Report of the Indian Hemp Drugs Commission, 1894-1895 - Volume V
Year: 1894
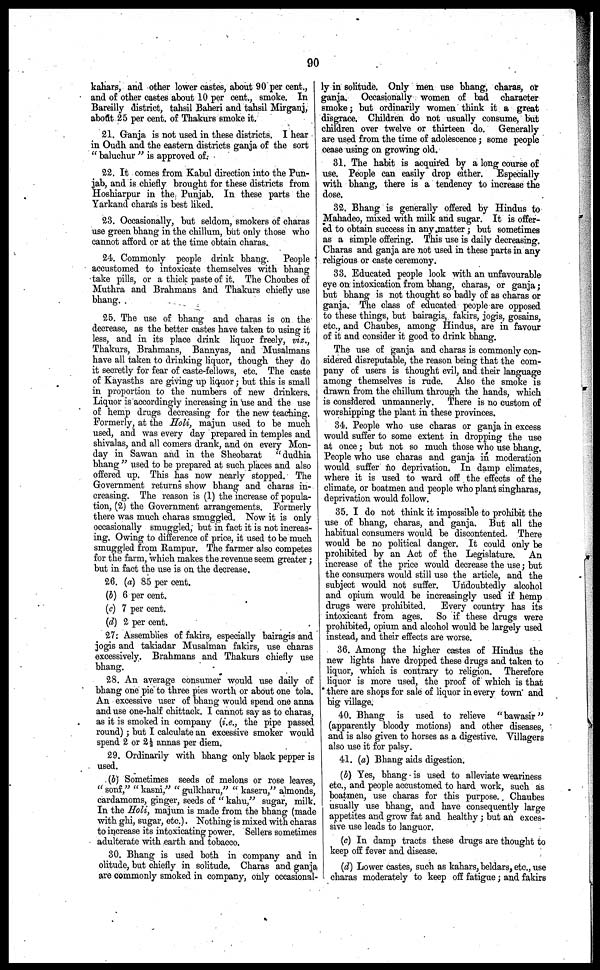
90
kahars, and other lower castes, about 90 per cent.,
and of other castes about 10 per cent., smoke. In
Bareilly district, tahsil Baheri and tahsil Mirganj,
about 25 per cent. of Thakurs smoke it.
21. Ganja is not used in these districts. I hear
in Oudh and the eastern districts ganja of the sort
" baluchur " is approved of.
22. It comes from Kabul direction into the Pun-
jab, and is chiefly brought for these districts from
Hoshiarpur in the Punjab. In these parts the
Yarkand charas is best liked.
23. Occasionally, but seldom, smokers of charas
use green bhang in the chillum, but only those who
cannot afford or at the time obtain charas.
24. Commonly people drink bhang. People
accustomed to intoxicate themselves with bhang
take pills, or a thick paste of it. The Choubes of
Muthra and Brahmans and Thakurs chiefly use
bhang.
25. The use of bhang and charas is on the
decrease, as the better castes have taken to using it
less, and in its place drink liquor freely, viz.,
Thakurs, Brahmans, Bannyas, and Musalmans
have all taken to drinking liquor, though they do
it secretly for fear of caste-fellows, etc. The caste
of Kayasths are giving up liquor; but this is small
in proportion to the numbers of new drinkers.
Liquor is accordingly increasing in use and the use
of hemp drugs decreasing for the new teaching.
Formerly, at the Holi, majun used to be much
used, and was every day prepared in temples and
shivalas, and all comers drank, and on every Mon-
day in Sawan and in the Sheobarat
"dudhia
bhang " used to be prepared at such places and also
offered up. This has now nearly stopped. The
Government returns show bhang and charas in-
creasing. The reason is (1) the increase of popula-
tion, (2) the Government arrangements. Formerly
there was much charas smuggled. Now it is only
occasionally smuggled," but in fact it is not increas-
ing. Owing to difference of price, it used to be much
smuggled from Rampur. The farmer also competes
for the farm, which makes the revenue seem greater;
but in fact the use is on the decrease.
26. (a) 85 per cent.
(b) 6 per cent.
(c) 7 per cent.
(d) 2 per cent.
27. Assemblies of fakirs, especially bairagis and
jogis and takiadar Musalman fakirs, use charas
excessively. Brahmans and Thakurs chiefly use
bhang.
28. An average consumer would use daily of
bhang one pie to three pies worth or about one tola.
An excessive user of bhang would spend one anna
and use one-half chittack. I cannot say as to charas,
as it is smoked in company (i.e., the pipe passed
round); but I calculate an excessive smoker would
spend 2 or 2½ annas per diem.
29. Ordinarily with bhang only black pepper is
used.
(b) Sometimes seeds of melons or rose leaves,
" sonf," " kasni," " gulkharu," " kaseru," almonds,
cardamoms, ginger, seeds of " kaku," sugar, milk.
In the Holi, majum is made from the bhang (made
with ghi, sugar, etc.). Nothing is mixed with charas
to increase its intoxicating power. Sellers sometimes
adulterate with earth and tobacco.
30. Bhang is used both in company and in
olitude, but chiefly in solitude. Charas and ganja
are commonly smoked in company, only occasional-
ly in solitude. Only men use bhang, charas, or
ganja.
Occasionally women of bad character
smoke; but ordinarily women think it a great
disgrace. Children do not usually consume, but
children over twelve or thirteen do. Generally
are used from the time of adolescence ; some people
cease using on growing old.
31. The habit is acquired by a long course of
use. People can easily drop either. Especially
with bhang, there is a tendency to increase the
dose.
32. Bhang is generally offered by Hindus to
Mahadeo, mixed with milk and sugar. It is offer
ed to obtain success in any matter; but sometimes
a simple offering. This use is daily decreasing.
Charas and ganja are not used in these parts in any
religious or caste ceremony.
33. Educated people look with an unfavourable
eye on intoxication from bhang, charas, or ganja;
but bhang is not thought so badly of as charas or
ganja. The class of educated people are opposed
to these things, but bairagis, fakirs, jogis, gosains,
etc., and Chaubes, among Hindus, are in favour
of it and consider it good to drink bhang.
The use of ganja and charas is commonly con-
sidered disreputable, the reason being that the com-
pany of users is thought evil, and their language
among themselves is rude. Also the smoke is
drawn from the chillum through the hands, which
is considered unmannerly. There is no custom of
worshipping the plant in these provinces.
34. People who use charas or ganja in excess
would suffer to some extent in dropping the use
at once; but not so much those who use bhang.
People who use charas and ganja in moderation
would suffer no deprivation. In damp climates,
where it is used to ward off the effects of the
climate, or boatmen and people who plant singharas,
deprivation would follow.
35. I do not think it impossible to prohibit the
use of bhang, charas, and ganja. But all the
habitual consumers would be discontented. There
would be no political danger. It could only be
prohibited by an Act of the Legislature. An
increase of the price would decrease the use; but
the consumers would still use the article, and the
subject would not suffer.
Undoubtedly alcohol
and opium would be increasingly used if hemp
drugs were prohibited.
Every country has its
intoxicant from ages. So if these drugs were
prohibited, opium and alcohol would be largely used
instead, and their effects are worse.
36. Among the higher castes of Hindus the
new lights have dropped these drugs and taken to
liquor, which is contrary to religion. Therefore
liquor is more used, the proof of which is that
there are shops for sale of liquor in every town and
big village.
40. Bhang is used to relieve "bawasir"
(apparently bloody motions) and other diseases,
and is also given to horses as a digestive. Villagers
also use it for palsy.
41. (a) Bhang aids digestion.
(b) Yes, bhang is used to alleviate weariness
etc., and people accustomed to hard work, such as
boatmen, use charas for this purpose. Chaubes
usually use bhang, and have consequently large
appetites and grow fat and healthy; but an exces-
sive use leads to languor.
(c) In damp tracts these drugs are thought to
keep off fever and disease.
(d) Lower castes, such as kahars, beldars, etc., use
charas moderately to keep off fatigue; and fakirs